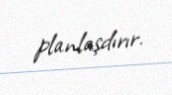
planlaşdırır.